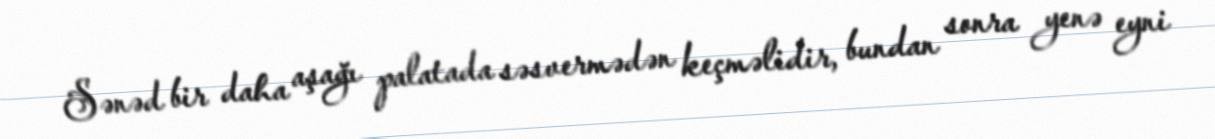
Sənəd bir daha aşağı palatada səsvermədən keçməlidir, bundan sonra yenə eyni